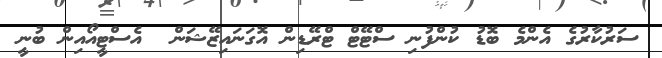
ސަރުކާރުގެ އެންމެ ބޮޑު ކުންފުނި ސްޓޭޓް ޓްރޭޑިން އޮގަނައިޒޭޝަން  އެސްޓީއޯއިން ބުނީ